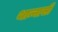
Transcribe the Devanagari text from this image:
थान्नासी